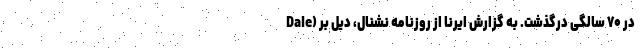
در ۷۰ سالگی درگذشت. به گزارش ایرنا از روزنامه نشنال، دیل بر (Dale